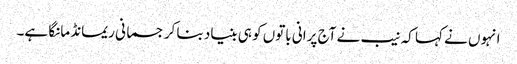
انہوں نے کہا کہ نیب نے آج پرانی باتوں کو ہی بنیاد بنا کر جسمانی ریمانڈ مانگا ہے۔